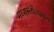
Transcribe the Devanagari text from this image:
मध्यस्तोऽवक्रम्य